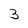
Character: 3